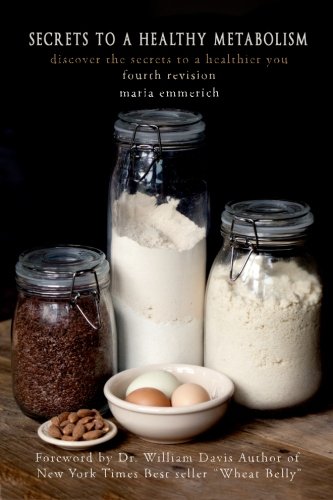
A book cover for Secrets to a Healthy Metabolism; Maria Emmerich; Health, Fitness & Dieting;